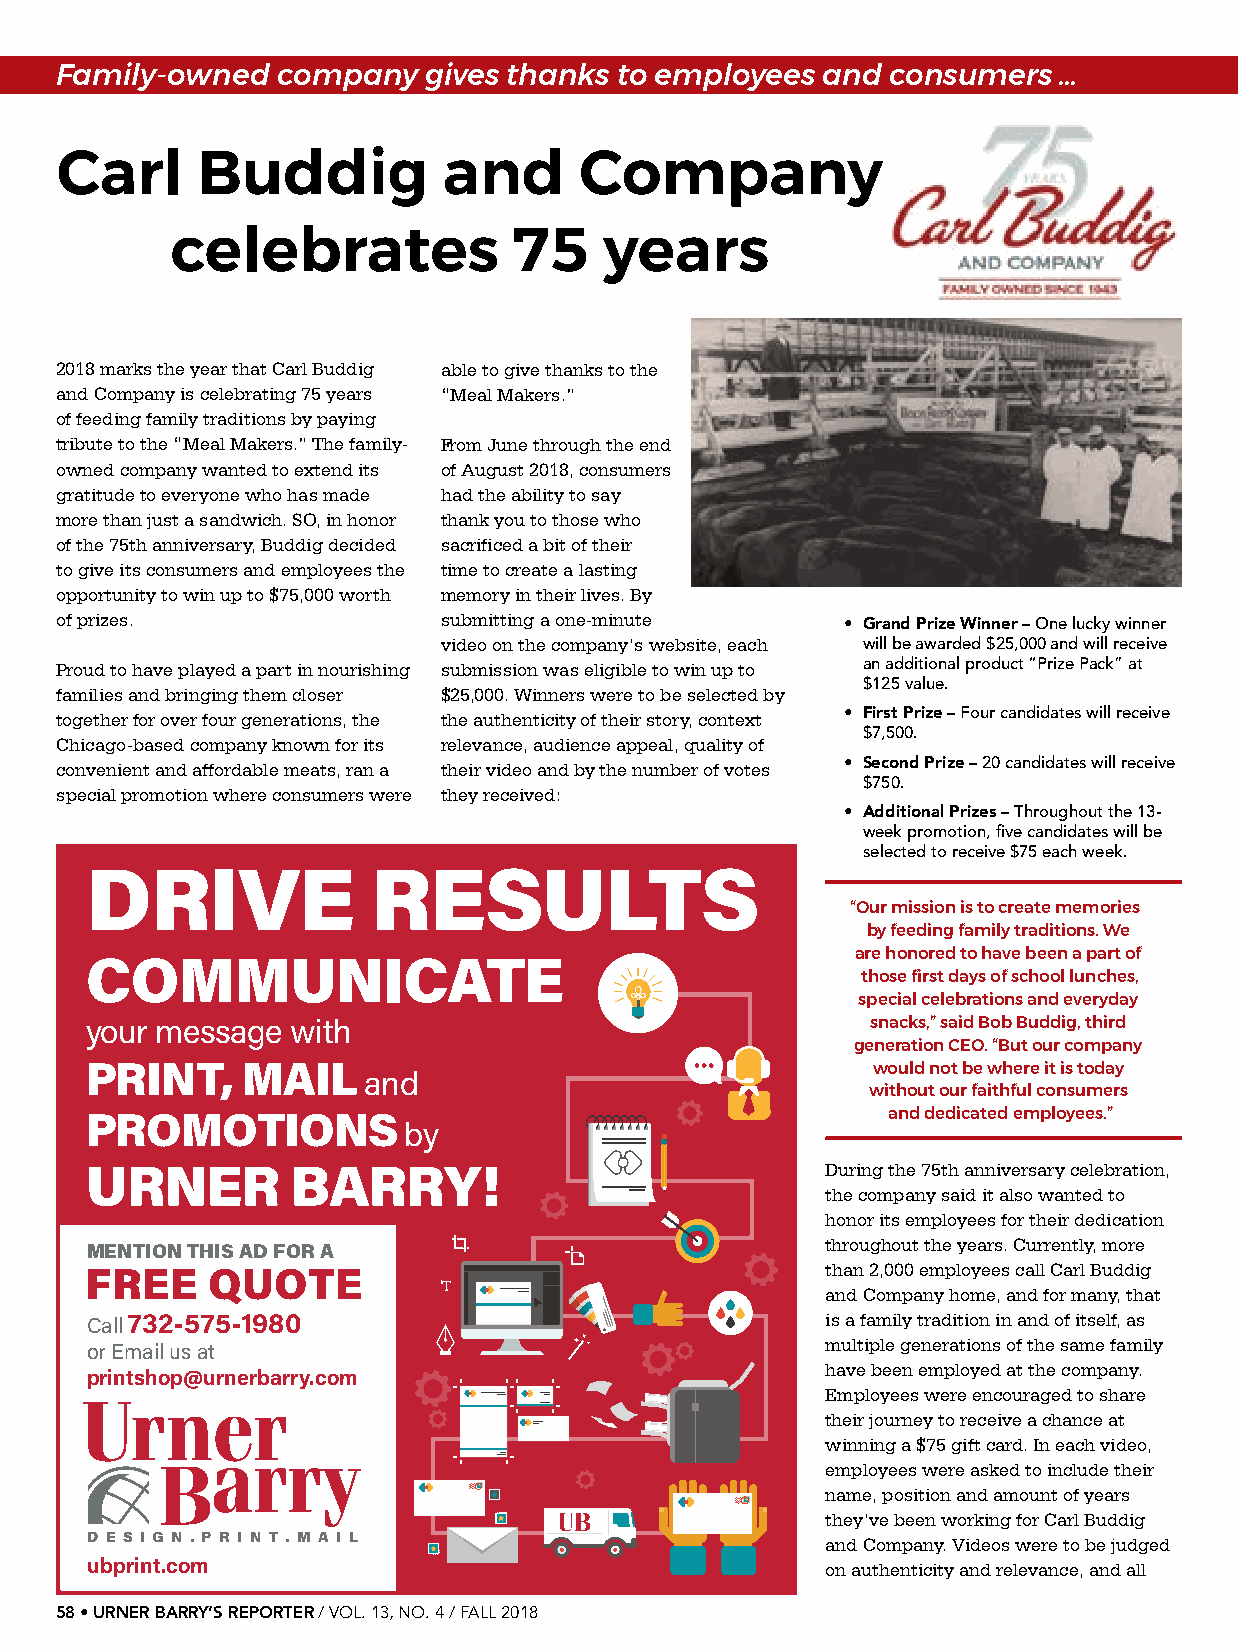
Family-owned  company   gives thanks to employees and  consumers  …
 Carl     Buddig          and      Company
 celebrates             75    years
 2018 marks the year that Carl Buddig able to give thanks to the
 and Company is celebrating 75 years “Meal Makers.”
 of feeding family traditions by paying
 tribute to the “Meal Makers.” The family- From June through the end
 owned company wanted to extend its of August 2018, consumers
 gratitude to everyone who has made had the ability to say
 more than just a sandwich. SO, in honor thank you to those who
 of the 75th anniversary, Buddig decided sacrificed a bit of their
 to give its consumers and employees the time to create a lasting
 opportunity to win up to $75,000 worth memory in their lives. By
 of prizes.               submitting a one-minute    • Grand Prize Winner – One lucky winner
 video on the company’s website, each will be awarded $25,000 and will receive
 Proud to have played a part in nourishing submission was eligible to win up to an additional product “Prize Pack” at
 $125 value.
 families and bringing them closer $25,000. Winners were to be selected by
 together for over four generations, the the authenticity of their story, context • First Prize – Four candidates will receive
 $7,500.
 Chicago-based company known for its relevance, audience appeal, quality of
 convenient and affordable meats, ran a their video and by the number of votes • Second Prize – 20 candidates will receive
 $750.
 special promotion where consumers were they received:
 • Additional Prizes – Throughout the 13-
 week promotion, five candidates will be
 selected to receive $75 each week.
 DRIVE              RESULTS
 “Our mission is to create memories
 by feeding family traditions. We
 are honored to have been a part of
 COMMUNICATE
 those first days of school lunches,
 special celebrations and everyday
 your message with                                   snacks,” said Bob Buddig, third
 generation CEO. “But our company
 PRINT,    MAIL                                      would not be where it is today
 and
 without our faithful consumers
 PROMOTIONS                                           and dedicated employees.”
 by
 URNER        BARRY!                              During the 75th anniversary celebration,
 the company said it also wanted to
 honor its employees for their dedication
 throughout the years. Currently, more
 MENTION THIS AD FOR A
 FREE    QUOTE                                    than 2,000 employees call Carl Buddig
 and Company home, and for many, that
 Call 732-575-1980                                is a family tradition in and of itself, as
 or Email us at                                   multiple generations of the same family
 have been employed at the company.
 printshop@urnerbarry.com
 Employees were encouraged to share
 their journey to receive a chance at
 winning a $75 gift card. In each video,
 employees were asked to include their
 name, position and amount of years
 they’ve been working for Carl Buddig
 D E S I G N . P R I NT . M A I L                 and Company. Videos were to be judged
 ubprint.com                                      on authenticity and relevance, and all
 58 • URNER BARRY’S REPORTER / VOL. 13, NO. 4 / FALL 2018